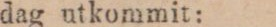
dag utkommit: